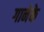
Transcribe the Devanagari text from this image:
गानेके